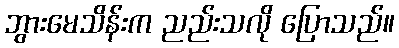
ဘွားမေသိန်းက ညည်းသလို ပြောသည်။